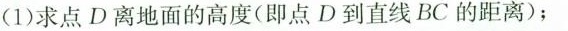
(1)求点D离地面的高度(即点D到直线BC的距离)；